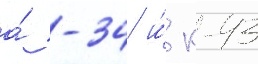
а́ -34 и́ к-43